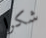
شكرا